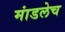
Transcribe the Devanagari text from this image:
मांडलेच